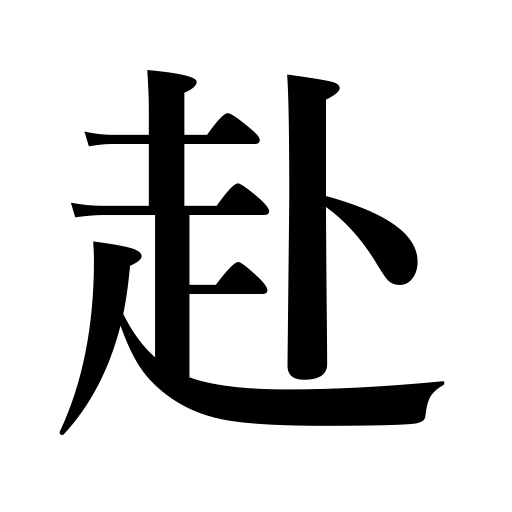
Meanings: proceed to,become,tend toward,get